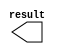
module del_y (
	result);

	output	[9:0]  result;

endmodule